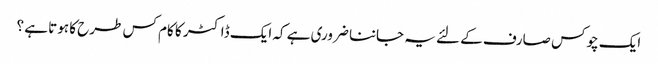
ایک چوکس صارف کے لئے یہ جاننا ضروری ہے کہ ایک ڈاکٹر کا کام کس طرح کا ہوتا ہے ؟